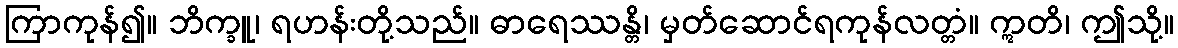
ကြာကုန်၍။ ဘိက္ခူ၊ ရဟန်းတို့သည်။ ဓာရေဿန္တိ၊ မှတ်ဆောင်ရကုန်လတ္တံ။ ဣတိ၊ ဤသို့။